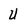
Character: U